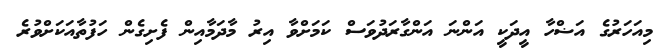
މިއަހަރުގެ އަޟްހާ އީދަކީ އަންނަ އަންގާރަދުވަސް ކަމަށްވާ އިރު މާދަމާއިން ފެށިގެން ހަފުތާއަކަށްވުރެ